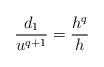
LaTeX: \begin{align*}\frac{d_1}{u^{q+1}} = \frac{h^q}{h}\end{align*}